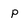
Character: p